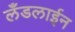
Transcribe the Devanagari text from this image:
लँडलाईन